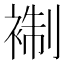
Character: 𧚳